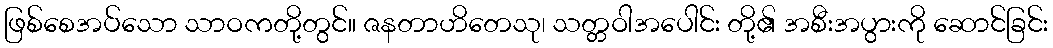
ဖြစ်စေအပ်သော သာဝကတို့တွင်။ ဇနတာဟိတေသု၊ သတ္တဝါအပေါင်း တို့၏ အစီးအပွားကို ဆောင်ခြင်း